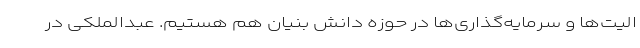
الیت‌ها و سرمایه‌گذاری‌ها در حوزه دانش بنیان هم هستیم. عبدالملکی در